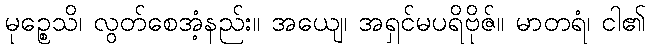
မုဉ္စေသိ၊ လွတ်စေအံ့နည်း။ အယျေ၊ အရှင်မပရိဗိုဇ်။ မာတရံ၊ ငါ၏